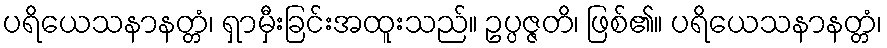
ပရိယေသနာနတ္တံ၊ ရှာမှီးခြင်းအထူးသည်။ ဥပ္ပဇ္ဇတိ၊ ဖြစ်၏။ ပရိယေသနာနတ္တံ၊